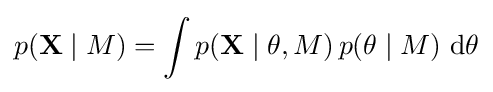
p(\mathbf {X} \mid M)=\int p(\mathbf {X} \mid \theta ,M)\,p(\theta \mid M)\,\operatorname {d} \!\theta